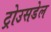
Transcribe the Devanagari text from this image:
ट्रोउसडेल